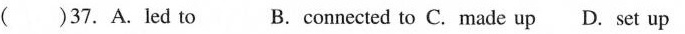
( )37.A.led to B.connected to C. made up D. set up